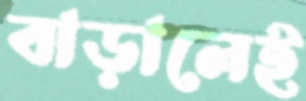
বাড়ালেই